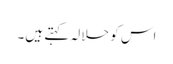
اس کو حلالہ کہتے ہیں۔